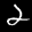
Label: 2